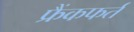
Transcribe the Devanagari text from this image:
फ्रैंकफर्त